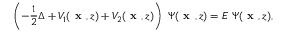
\left( - \frac { 1 } { 2 } \Delta + V _ { 1 } ( \textbf { x } , z ) + V _ { 2 } ( \textbf { x } , z ) \right) ~ \Psi ( \textbf { x } , z ) = E ~ \Psi ( \textbf { x } , z ) ,